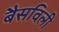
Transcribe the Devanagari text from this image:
बैसविली